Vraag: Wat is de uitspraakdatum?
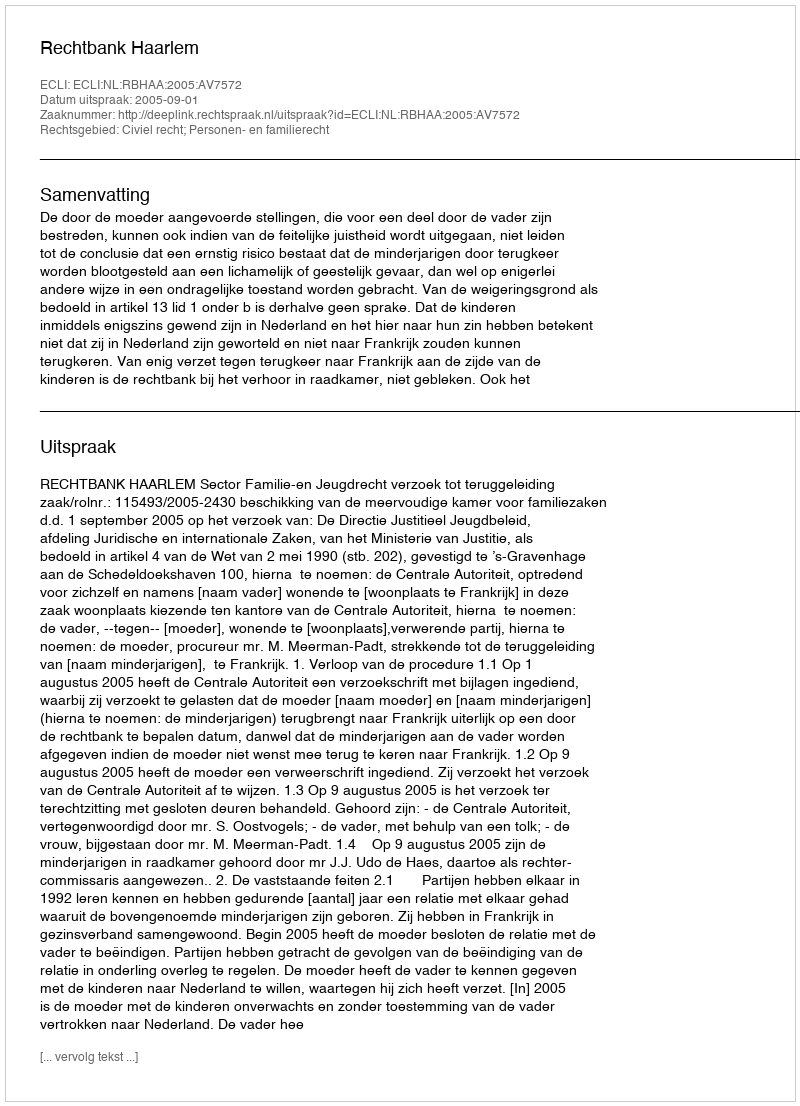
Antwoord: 2005-09-01